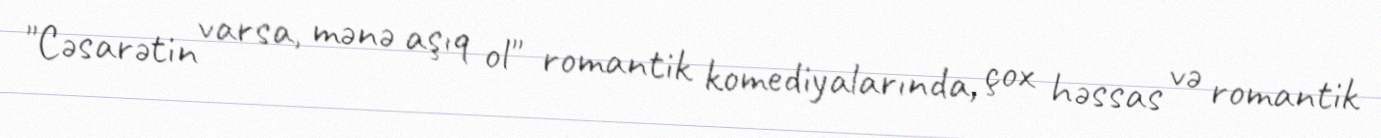
"Cəsarətin varsa, mənə aşıq ol" romantik komediyalarında, çox həssas və romantik